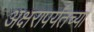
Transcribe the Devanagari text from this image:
अक्षरापर्यंतच्या